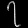
Digit: ၇